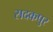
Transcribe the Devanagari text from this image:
सदकपुर